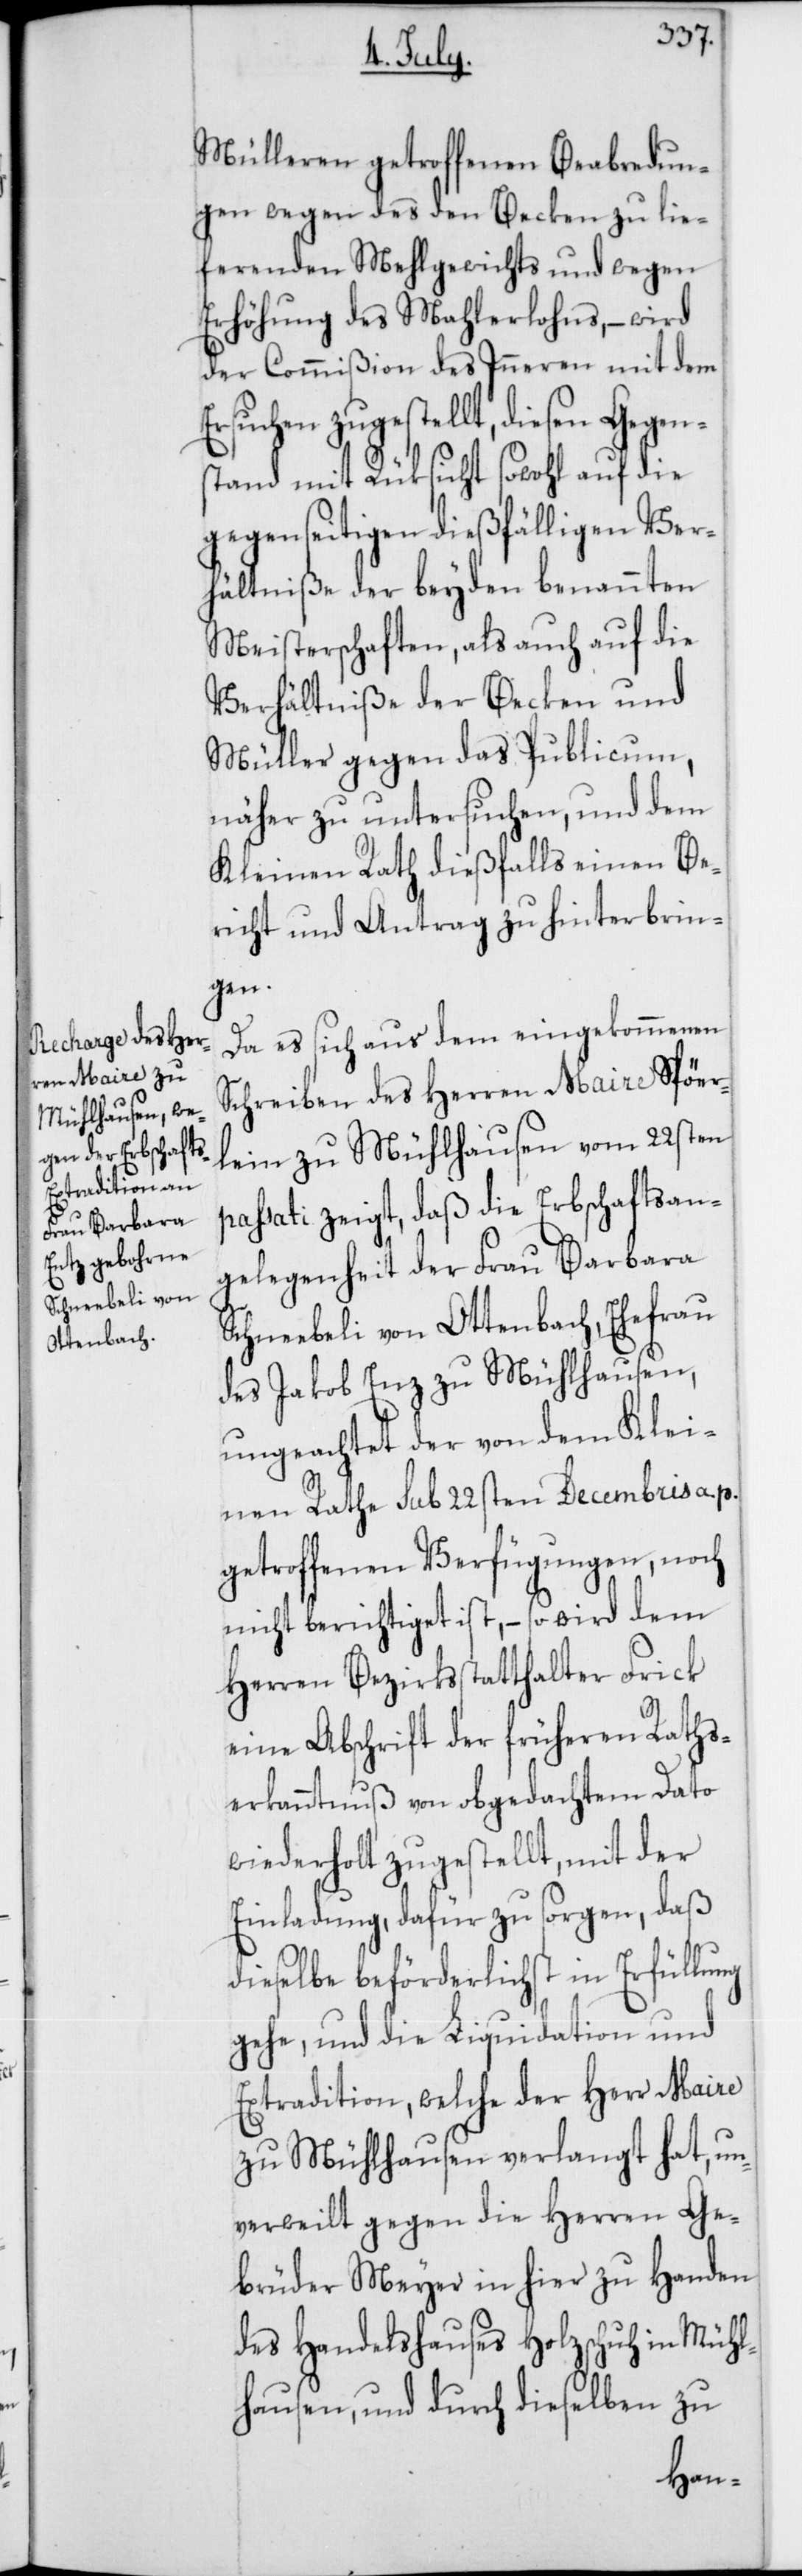
Mühlhausen,

Mülleren getroffenen Beabredun¬
gen wegen des den Becken zu lie¬
fernden Mehlgewichts und wegen
Erhöhung des Mahlerlohns, – wird
der Commißion des Inneren mit dem
zugestellt, diesen Gegen¬
stand mit Rüksicht sowohl auf die
gegenseitigen dießfälligen Ver¬
hältniße der beyden benannten
Meisterschaften, als auch auf die
Verhältniße der Becken und
Müller gegen das Publicum,
näher zu untersuchen, und dem
Kleinen Rath dießfalls einen Be¬
richt und Antrag zu hinterbrin¬
gen.
Da es sich aus dem eingekommenen
Schreiben des Herren Maire Spöer¬
lein zu Mühlhausen vom 22sten
passati zeigt, daß die Erbschaftsan¬
gelegenheit der Frau Barbara
Schneebeli von Ottenbach, Ehefrau
ungeachtet der von dem Klei¬
nen Rathe sub 22sten Decembris a.
getroffenen Verfügungen, noch
nicht berichtiget ist, – so wird dem
Herren Bezirksstatthalter Frick
eine Abschrift der früheren Raths¬
erkanntnuß von obgedachtem Dato
wiederholt zugestellt, mit der
Einladung, dafür zu sorgen, daß
dieselbe beförderlichst in Erfüllung
gehe, und die Liquidation und
Extradition, welche der Herr Maire
zu Mühlhausen verlangt hat, un¬
verweilt gegen die Herren Ge¬
brüder Meyer in hier zu Handen
des Handelshauses Holzschuh in Mühl¬
hausen, und durch dieselben zu